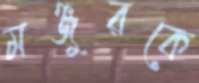
মঞ্জুরকে